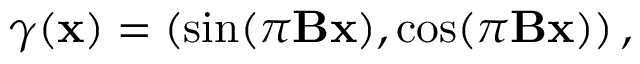
\gamma ( \mathbf { x } ) = \left( \sin ( \pi \mathbf { B } \mathbf { x } ) , \cos ( \pi \mathbf { B } \mathbf { x } ) \right) ,